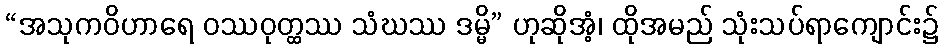
“အသုကဝိဟာရေ ဝဿဝုတ္ထဿ သံဃဿ ဒမ္မိ” ဟုဆိုအံ့၊ ထိုအမည် သုံးသပ်ရာကျောင်း၌